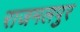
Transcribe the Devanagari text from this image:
राजमलपुर